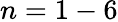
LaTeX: n=1-6